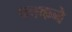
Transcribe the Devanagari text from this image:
पक्कने